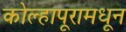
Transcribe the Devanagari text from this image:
कोल्हापूरामधून